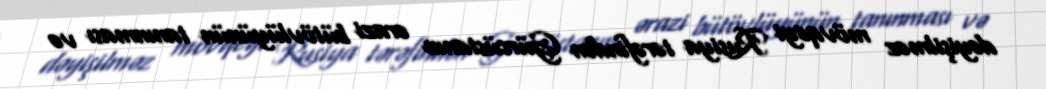
dəyişilməz mövqeyi Rusiya tərəfindən Gürcüstanın ərazi bütövlüyünün tanınması və